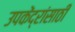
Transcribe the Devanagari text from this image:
उपकेंद्रांसाठी